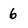
Character: 6